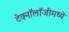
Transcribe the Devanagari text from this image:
टेक्‍नॉलॉजीमध्ये